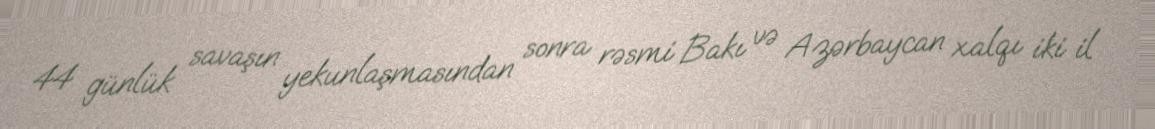
44 günlük savaşın yekunlaşmasından sonra rəsmi Bakı və Azərbaycan xalqı iki il